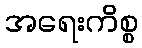
အရေးကိစ္စ